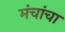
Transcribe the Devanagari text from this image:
मंचांचा